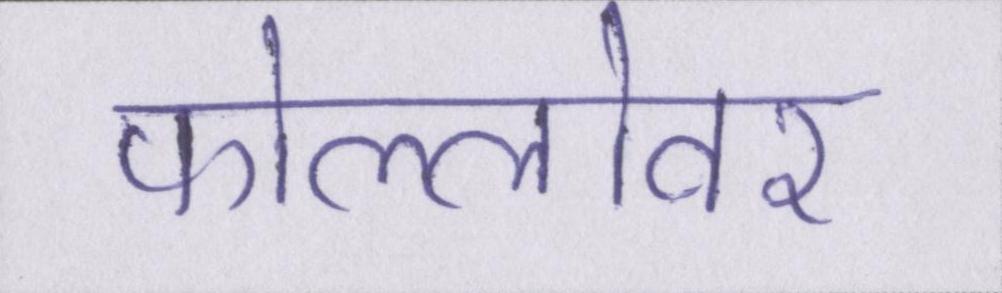
फोल्लोवर